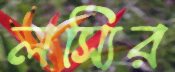
লস্যির